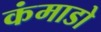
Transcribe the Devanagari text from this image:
कंमाडो